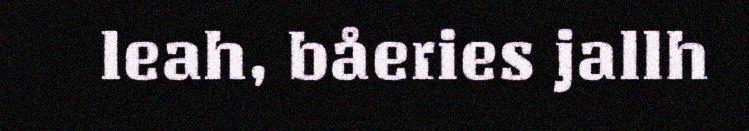
leah, båeries jallh